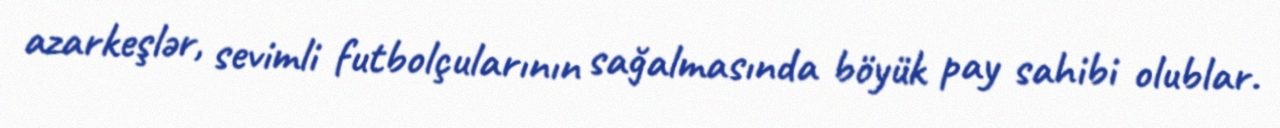
azarkeşlər, sevimli futbolçularının sağalmasında böyük pay sahibi olublar.